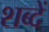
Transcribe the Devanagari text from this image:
शब्दें